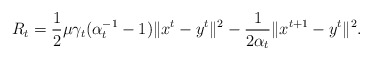
\begin{align*}R_t=\frac{1}{2}\mu\gamma_t(\alpha_t^{-1}-1)\|x^t-y^t\|^2-\frac{1}{2\alpha_t}\|x^{t+1}-y^t\|^2.\end{align*}